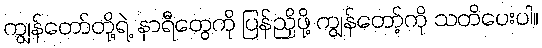
ကျွန်တော်တို့ရဲ့ နာရီတွေကို ပြန်ညှိဖို့ ကျွန်တော့်ကို သတိပေးပါ။